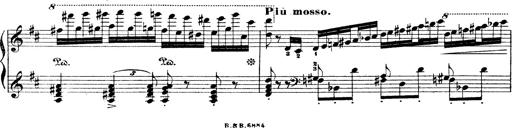
Title: Illustrations de l'opÃ©ra L'Africaine
Composer: Franz Liszt